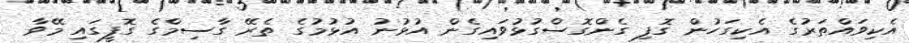
އެކިވައްތަރުގެ އެކިގަހުން ގޮފި ގެންގޮސްގުޅުވައިގެން އުޅުނު އުޅުމުގެ ތެރޭ ގާސިމްގެ ގޮފީގައި މޭވާ